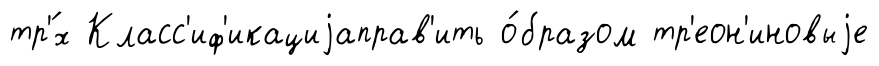
тр'́х Класс'иф'икациjаправ'ить о́бразом тр'еон'иновыjе